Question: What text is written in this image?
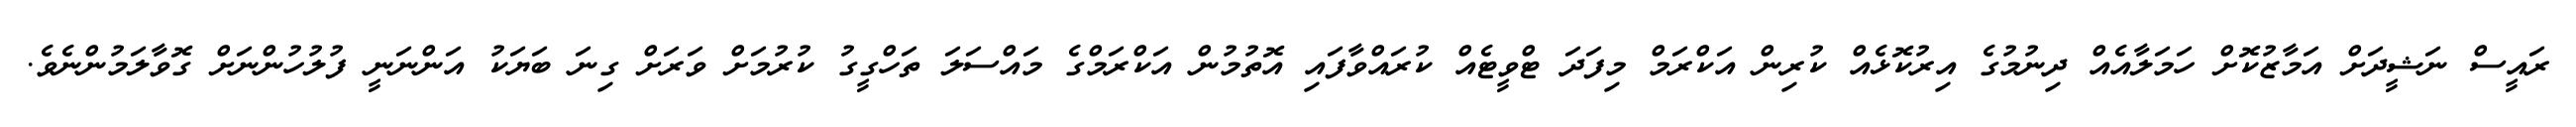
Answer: ރައީސް ނަޝީދަށް އަމާޒުކޮށް ހަމަލާއެއް ދިނުމުގެ އިރުކޮޅެއް ކުރިން އަކްރަމް މިފަދަ ޓްވީޓެއް ކުރައްވާފައި އޮތުމުން އަކްރަމްގެ މައްސަލަ ތަހްގީގު ކުރުމަށް ވަރަށް ގިނަ ބަޔަކު އަންނަނީ ފުލުހުންނަށް ގޮވާލަމުންނެވެ.